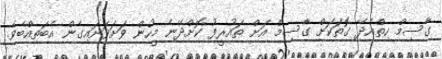
ގާސިމް ހިތްއެދޭ ގޮތަކަށް ގާސިމް އަށް ތައުރީފު ކޮށްދޭނެ މީހުން ވަށަވަށައިގެން އެބަތިއްބެވެ.